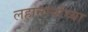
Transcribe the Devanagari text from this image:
लहानग्यांच्या